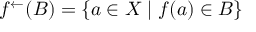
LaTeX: f ^ { \leftarrow } ( B ) = \{ a \in X \; | \; f ( a ) \in B \}